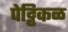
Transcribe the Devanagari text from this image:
पेट्टिकळ